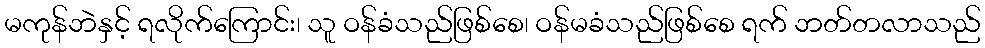
မကုန်ဘဲနှင့် ရလိုက်ကြောင်း၊ သူ ဝန်ခံသည်ဖြစ်စေ၊ ဝန်မခံသည်ဖြစ်စေ ရက် ဘတ်တလာသည်